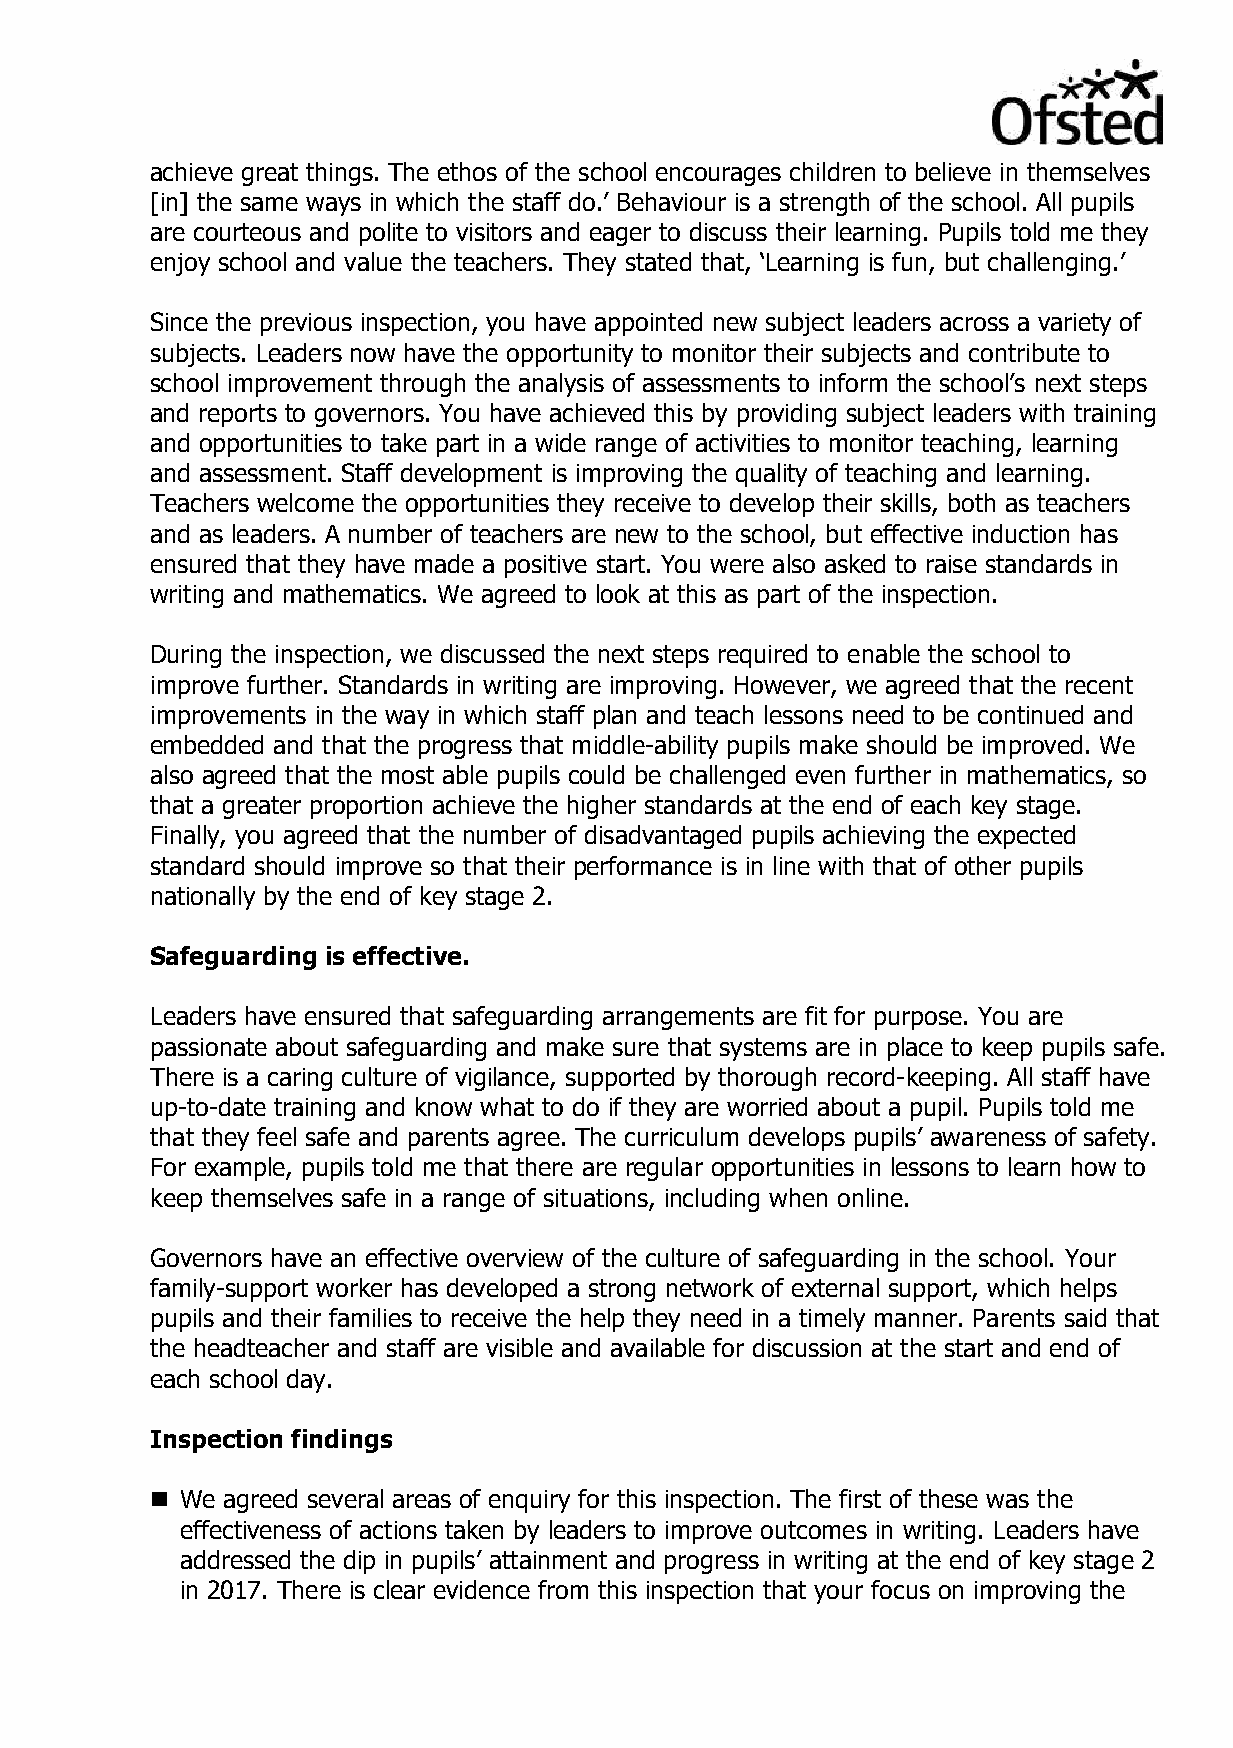
achieve great things. The ethos of the school encourages children to believe in themselves
 [in] the same ways in which the staff do.’ Behaviour is a strength of the school. All pupils
 are courteous and polite to visitors and eager to discuss their learning. Pupils told me they
 enjoy school and value the teachers. They stated that, ‘Learning is fun, but challenging.’
 Since the previous inspection, you have appointed new subject leaders across a variety of
 subjects. Leaders now have the opportunity to monitor their subjects and contribute to
 school improvement through the analysis of assessments to inform the school’s next steps
 and reports to governors. You have achieved this by providing subject leaders with training
 and opportunities to take part in a wide range of activities to monitor teaching, learning
 and assessment. Staff development is improving the quality of teaching and learning.
 Teachers welcome the opportunities they receive to develop their skills, both as teachers
 and as leaders. A number of teachers are new to the school, but effective induction has
 ensured that they have made a positive start. You were also asked to raise standards in
 writing and mathematics. We agreed to look at this as part of the inspection.
 During the inspection, we discussed the next steps required to enable the school to
 improve further. Standards in writing are improving. However, we agreed that the recent
 improvements in the way in which staff plan and teach lessons need to be continued and
 embedded and that the progress that middle-ability pupils make should be improved. We
 also agreed that the most able pupils could be challenged even further in mathematics, so
 that a greater proportion achieve the higher standards at the end of each key stage.
 Finally, you agreed that the number of disadvantaged pupils achieving the expected
 standard should improve so that their performance is in line with that of other pupils
 nationally by the end of key stage 2.
 Safeguarding is effective.
 Leaders have ensured that safeguarding arrangements are fit for purpose. You are
 passionate about safeguarding and make sure that systems are in place to keep pupils safe.
 There is a caring culture of vigilance, supported by thorough record-keeping. All staff have
 up-to-date training and know what to do if they are worried about a pupil. Pupils told me
 that they feel safe and parents agree. The curriculum develops pupils’ awareness of safety.
 For example, pupils told me that there are regular opportunities in lessons to learn how to
 keep themselves safe in a range of situations, including when online.
 Governors have an effective overview of the culture of safeguarding in the school. Your
 family-support worker has developed a strong network of external support, which helps
 pupils and their families to receive the help they need in a timely manner. Parents said that
 the headteacher and staff are visible and available for discussion at the start and end of
 each school day.
 Inspection findings
  We agreed several areas of enquiry for this inspection. The first of these was the
 effectiveness of actions taken by leaders to improve outcomes in writing. Leaders have
 addressed the dip in pupils’ attainment and progress in writing at the end of key stage 2
 in 2017. There is clear evidence from this inspection that your focus on improving the